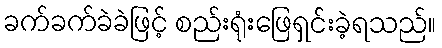
ခက်ခက်ခဲခဲဖြင့် စည်းရုံးဖြေရှင်းခဲ့ရသည်။